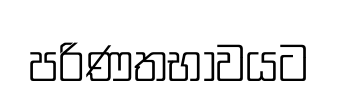
පරිණතභාවයට